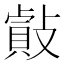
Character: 𢿡